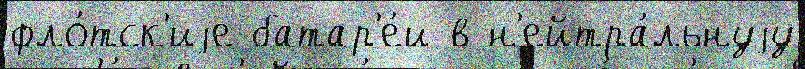
фло́тск'иjе батар'е́и в н'ейтра́льнуjу